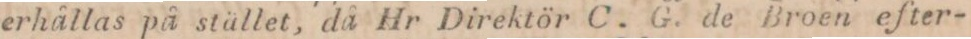
erhållas på stället, då Hr Direktör C. G. de Broen efter-